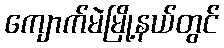
ကျောက်မဲမြို့နယ်တွင်